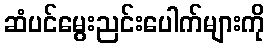
ဆံပင်မွေးညင်းပေါက်များကို